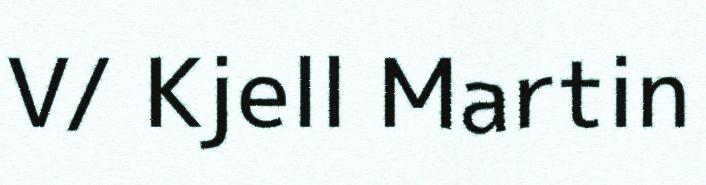
V/ Kjell Martin